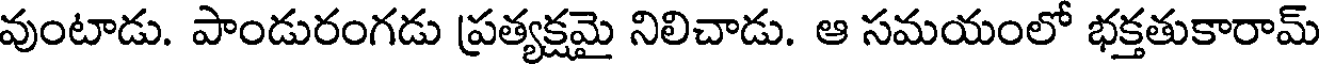
వుంటాడు. పాండురంగడు ప్రత్యక్షమై నిలిచాడు. ఆ సమయంలో భక్తతుకారామ్